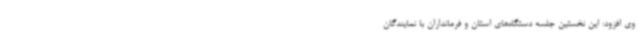
وی افزود: این نخستین جلسه دستگاه‌های استان و فرمانداران با نمایندگان